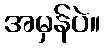
အမှန်ပဲ။